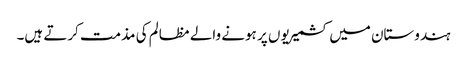
ہندوستان میں کشمیریوں پر ہونے والے مظالم کی مذمت کرتے ہیں۔